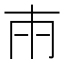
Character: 𭁢